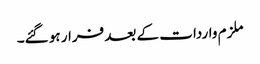
ملزم واردات کے بعد فرار ہو گئے۔